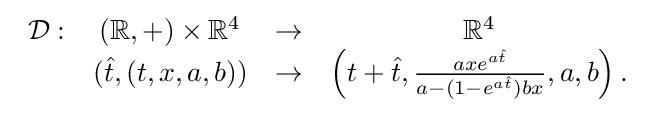
{\begin{array}{rccc}{\mathcal {D}}:&(\mathbb {R} ,+)\times \mathbb {R} ^{4}&\rightarrow &\mathbb {R} ^{4}\\&({\hat {t}},(t,x,a,b))&\rightarrow &\left(t+{\hat {t}},{\frac {axe^{a{\hat {t}}}}{a-(1-e^{a{\hat {t}}})bx}},a,b\right).\end{array}}